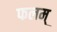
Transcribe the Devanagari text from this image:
फलम्